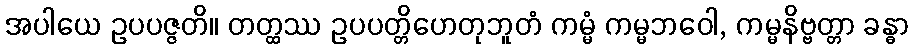
အပါယေ ဥပပဇ္ဇတိ။ တတ္ထဿ ဥပပတ္တိဟေတုဘူတံ ကမ္မံ ကမ္မဘဝေါ, ကမ္မနိဗ္ဗတ္တာ ခန္ဓာ